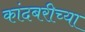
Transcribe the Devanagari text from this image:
कांदबरीच्या